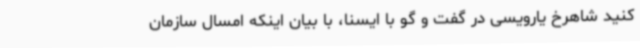
کنید شاهرخ یارویسی در گفت و گو با ایسنا، با بیان اینکه امسال سازمان